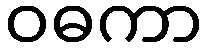
ဝဓကာ